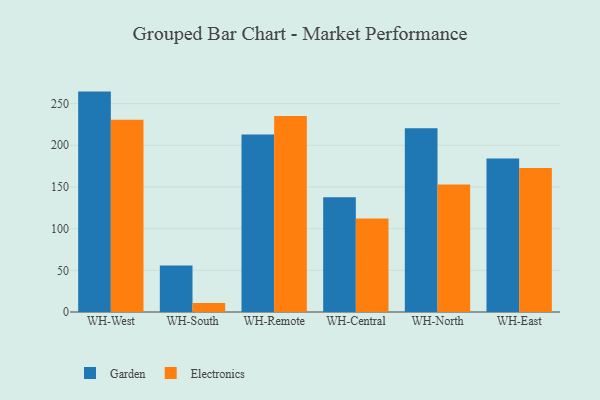
{"axis": {"x": "Warehouse", "y": "Active Users"}, "legend": ["Electronics", "Garden"], "data": [{"x": "WH-West", "y": 264.4, "type": "Garden"}, {"x": "WH-West", "y": 230.7, "type": "Electronics"}, {"x": "WH-South", "y": 55.8, "type": "Garden"}, {"x": "WH-South", "y": 10.7, "type": "Electronics"}, {"x": "WH-Remote", "y": 212.9, "type": "Garden"}, {"x": "WH-Remote", "y": 235.1, "type": "Electronics"}, {"x": "WH-Central", "y": 137.8, "type": "Garden"}, {"x": "WH-Central", "y": 112.1, "type": "Electronics"}, {"x": "WH-North", "y": 220.3, "type": "Garden"}, {"x": "WH-North", "y": 152.9, "type": "Electronics"}, {"x": "WH-East", "y": 184.0, "type": "Garden"}, {"x": "WH-East", "y": 172.7, "type": "Electronics"}]}